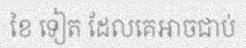
ខៃ ទៀត ដែលគេអាចជាប់